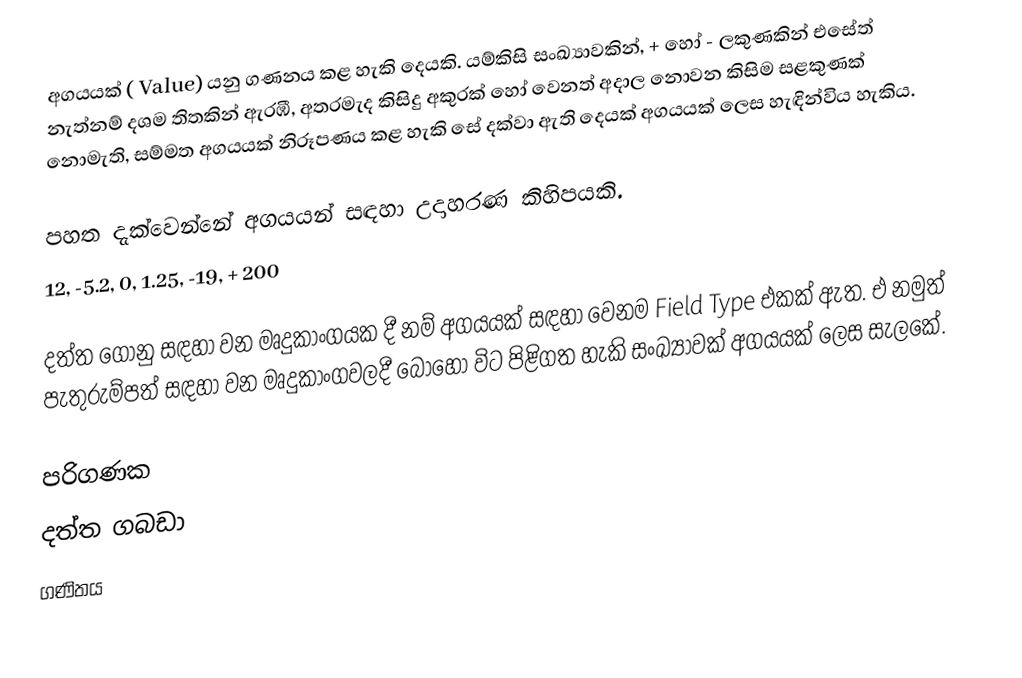
අගයයක් ( Value) යනු ගණනය කළ හැකි දෙයකි. යම්කිසි සංඛ්‍යාවකින්, + හෝ - ලකුණකින් එසේත් නැත්නම් දශම තිතකින් ඇරඹී, අතරමැද කිසිදු අකුරක් හෝ වෙනත් අදාල නොවන කිසිම සළකුණක් නොමැති, සම්මත අගයයක් නිරූපණය කළ හැකි සේ දක්වා ඇති දෙයක් අගයයක් ලෙස හැඳින්විය හැකිය.

පහත දැක්වෙන්නේ අගයයන් සඳහා උදාහරණ කිහිපයකි.
12, -5.2, 0, 1.25, -19, + 200

දත්ත ගොනු සඳහා වන මෘදුකාංගයක දී නම් අගයයක් සඳහා වෙනම Field Type එකක් ඇත. එ නමුත් පැතුරුම්පත් සඳහා වන මෘදුකාංගවලදී බොහෝ විට පිළිගත හැකි සංඛ්‍යාවක් අගයයක් ලෙස සැලකේ.

පරිගණක
දත්ත ගබඩා
ගණිතය